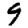
Digit: 9